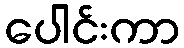
ပေါင်းကာ